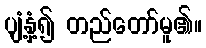
ပျံ့နှံ့၍ တည်တော်မူ၏။